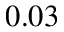
0 . 0 3